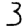
Digit: 3